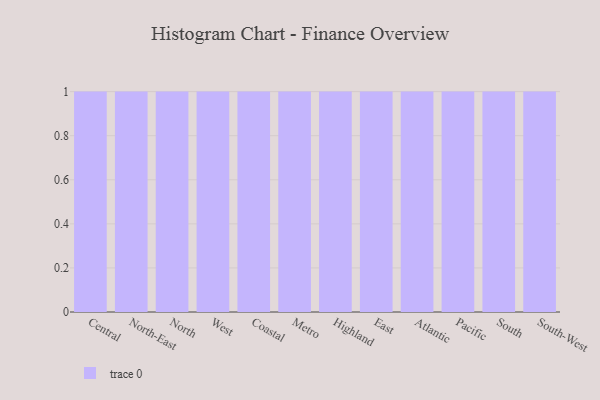
{"axis": {"x": "Region", "y": "Satisfaction Score"}, "legend": [""], "data": [{"x": "Central", "y": 93, "type": ""}, {"x": "North-East", "y": 27, "type": ""}, {"x": "North", "y": 77, "type": ""}, {"x": "West", "y": 93, "type": ""}, {"x": "Coastal", "y": 82, "type": ""}, {"x": "Metro", "y": 4, "type": ""}, {"x": "Highland", "y": 45, "type": ""}, {"x": "East", "y": 85, "type": ""}, {"x": "Atlantic", "y": 27, "type": ""}, {"x": "Pacific", "y": 31, "type": ""}, {"x": "South", "y": 3, "type": ""}, {"x": "South-West", "y": 58, "type": ""}]}